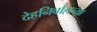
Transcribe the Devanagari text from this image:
देहनिर्वाहाच्या